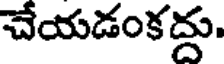
చేయడంకద్దు.